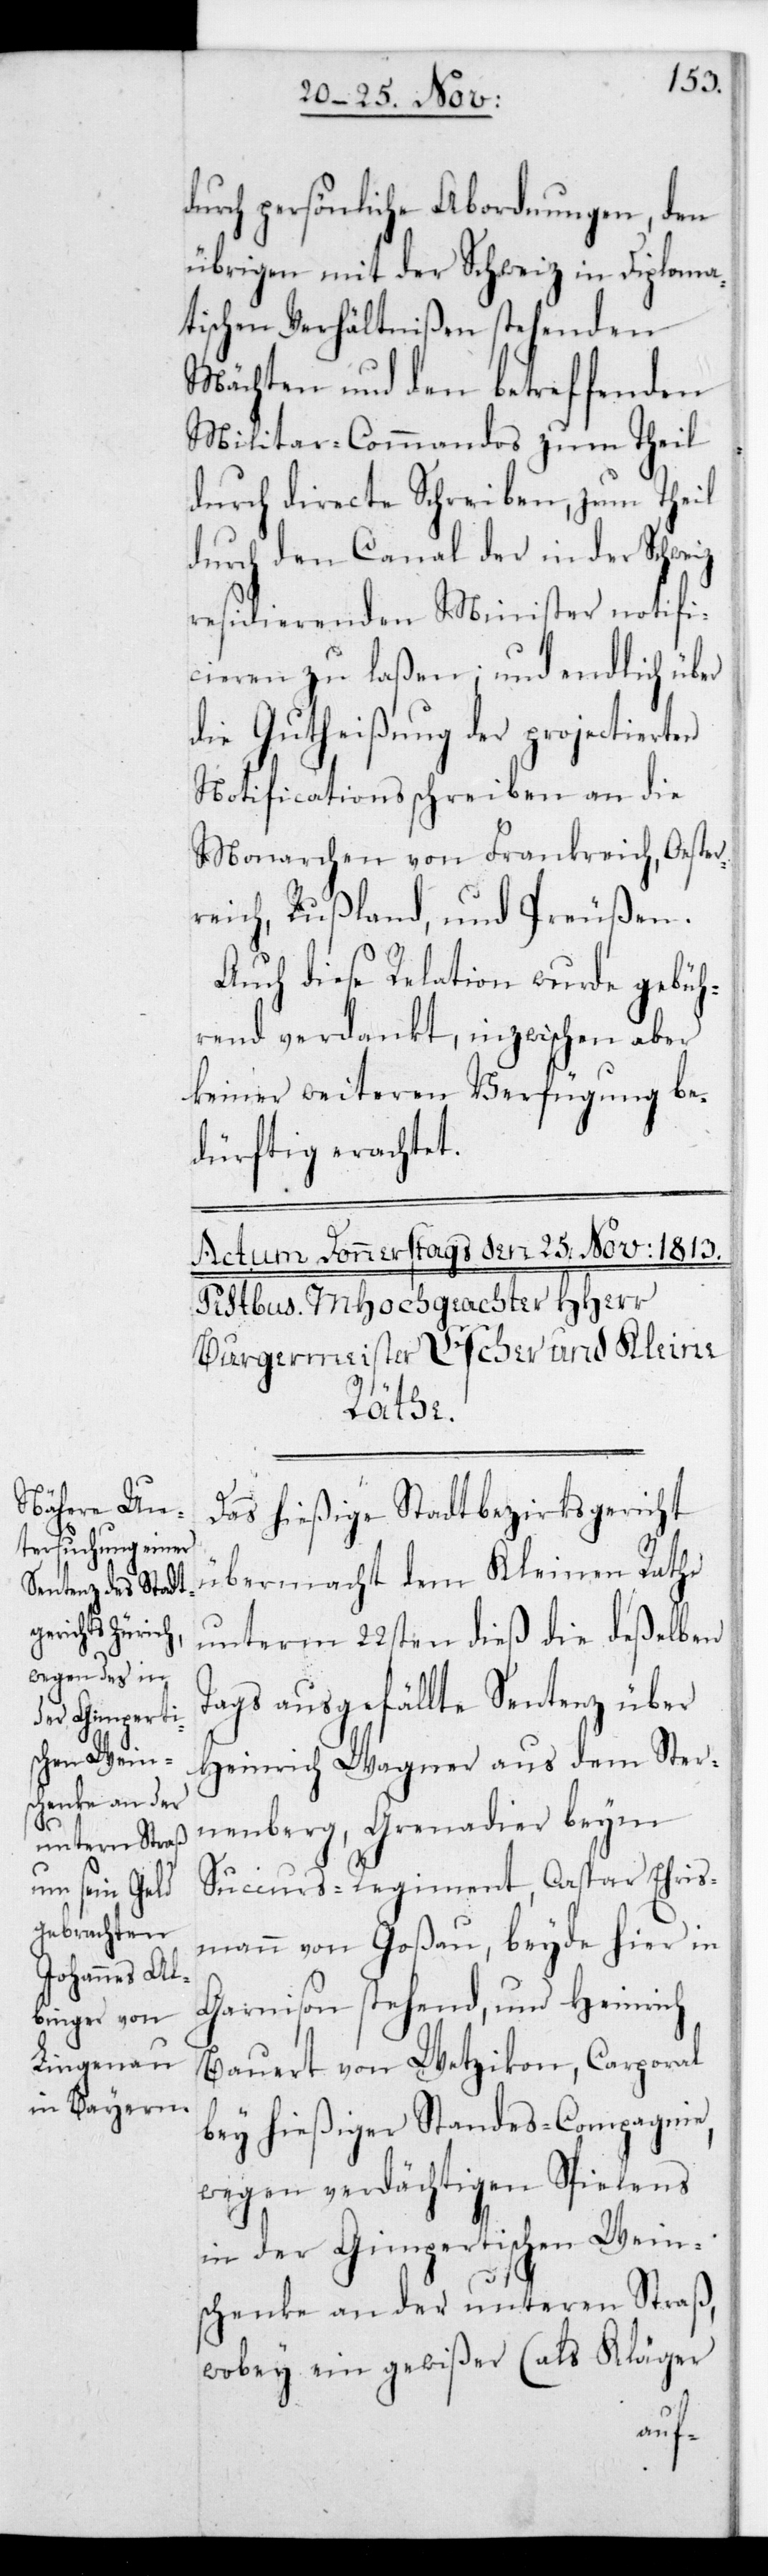
durch persönliche Abordnungen, den
übrigen mit der Schweiz in diploma¬
tischen Verhältnißen stehenden
Mächten und den betreffenden
Militar-Commandos, zum Theil
durch directe Schreiben, zum Theil
durch den Canal der in der Schweiz
residierenden Minister notifi¬
cieren zu laßen; und endlich über
die Gutheißung der projectierten
Notificationsschreiben an die
Monarchen von Frankreich, Oester¬
reich, Rußland und Preußen.
Auch diese Relation wurde gebüh¬
rend verdankt, inzwischen aber
keiner weiteren Verfügung be¬
dürftig erachtet.
Das hießige Stadtbezirksgericht
übermacht dem Kleinen Rathe
unterm 22sten dieß die deßelben
Tags ausgefällte Sentenz über
Heinrich Wagner aus dem Ster¬
nenberg, Grenadier beym
Succurs-Regiment; Caspar Ehris¬
mann von Goßau, beyde hier in
Garnison stehend; und Heinrich
Bauert von Wetzikon, Caporal
bey hießiger Standes-Compagnie;
wegen verdächtigen Spielens
in der Gimpertischen Wein¬
schenke an der unteren Straß,
wobey ein gewißer (als Kläger